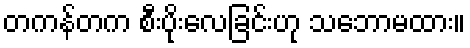
တကန်တက စီးပိုးလေခြင်းဟု သဘောမထား။